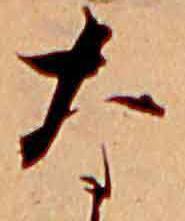
な